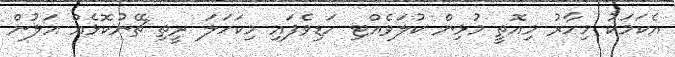
އެކަމަކު މިހާރު މިއޮތީ މުޅިން ކުލަވެއްޓި ހަޑިވެފައި މިކަހަލަ ރީތި ޗޭނުކޮޅެއް އަލުން